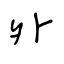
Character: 外